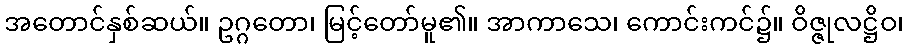
အတောင်နှစ်ဆယ်။ ဥဂ္ဂတော၊ မြင့်တော်မူ၏။ အာကာသေ၊ ကောင်းကင်၌။ ဝိဇ္ဇုလဋ္ဌိဝ၊